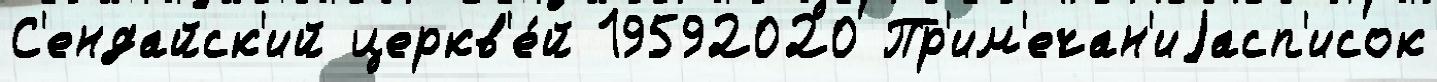
С'ендайск'ий церкв'е́й 19592020 Пр'им'ечан'иjасп'исок